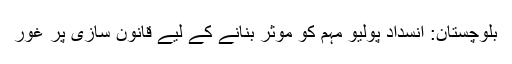
بلوچستان: انسداد پولیو مہم کو موثر بنانے کے لیے قانون سازی پر غور